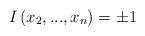
LaTeX: \begin{align*}I\left( x_{2},...,x_{n}\right) =\pm1 \end{align*}